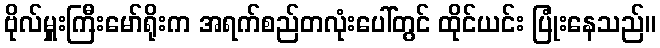
ဗိုလ်မှူးကြီးမော်ရိုးက အရက်စည်တလုံးပေါ်တွင် ထိုင်ယင်း ပြုံးနေသည်။